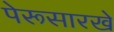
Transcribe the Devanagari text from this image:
पेरूसारखे